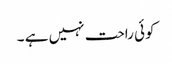
کوئی راحت نہیں ہے ۔